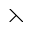
\leftthreetimes